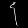
Digit: ၄